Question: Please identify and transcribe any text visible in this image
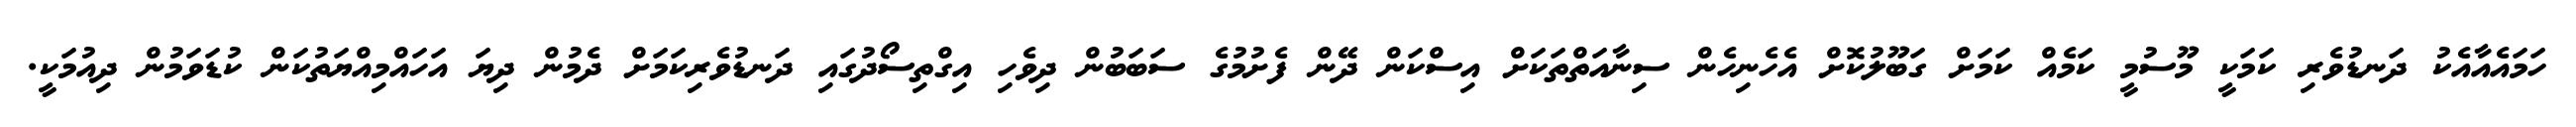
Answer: ހަމައެއާއެކު ދަނޑުވެރި ކަމަކީ މޫސުމީ ކަމެއް ކަމަށް ގަބޫލުކޮށް އެހެނިހެން ސިނާއަތްތަކަށް އިސްކަން ދޭން ފެށުމުގެ ސަބަބުން ދިވެހި އިގްތިސޯދުގައި ދަނޑުވެރިކަމަށް ދެމުން ދިޔަ އަހައްމިއްޔަތުކަން ކުޑަވަމުން ދިއުމަކީ.